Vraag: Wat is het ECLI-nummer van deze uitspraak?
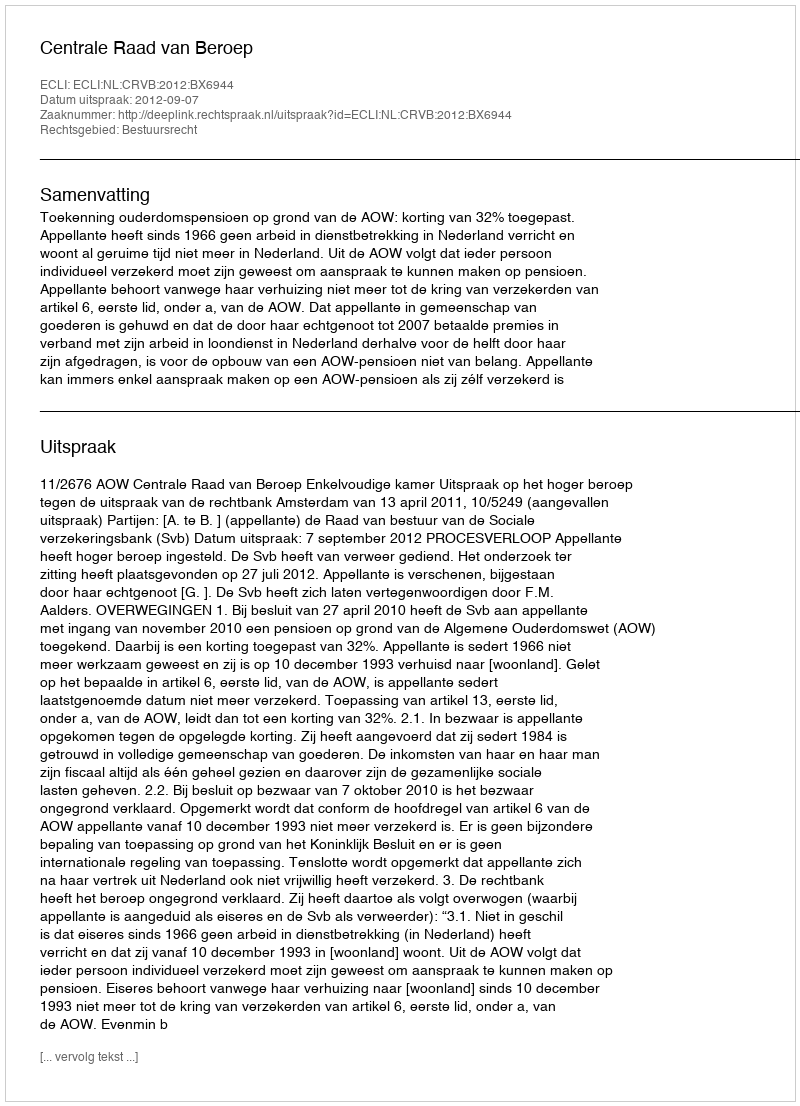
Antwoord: ECLI:NL:CRVB:2012:BX6944